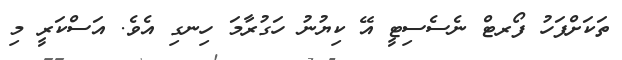
ތަކަށްފަހު ފޯރޓް ނެސެސިޓީ އޭ ކިޔުނު ހަގުރާމަ ހިނގި އެވެ. އަސްކަރީ މި